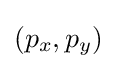
(p_{x},p_{y})